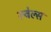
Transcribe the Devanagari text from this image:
रूबेल्स